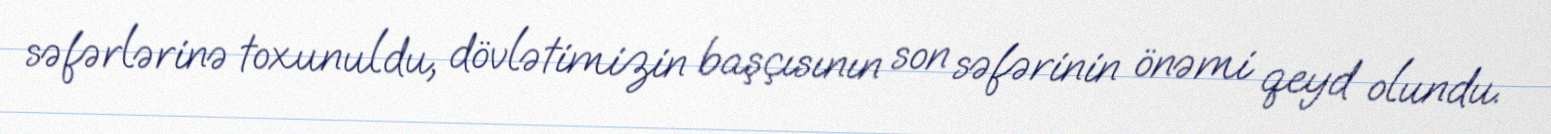
səfərlərinə toxunuldu, dövlətimizin başçısının son səfərinin önəmi qeyd olundu.